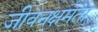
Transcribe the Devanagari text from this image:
जीवनक्षमता